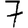
Digit: 7